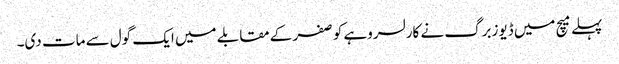
پہلے میچ میں ڈیوزبرگ نے کارلسروہے کو صفر کے مقابلے میں ایک گول سے مات دی۔